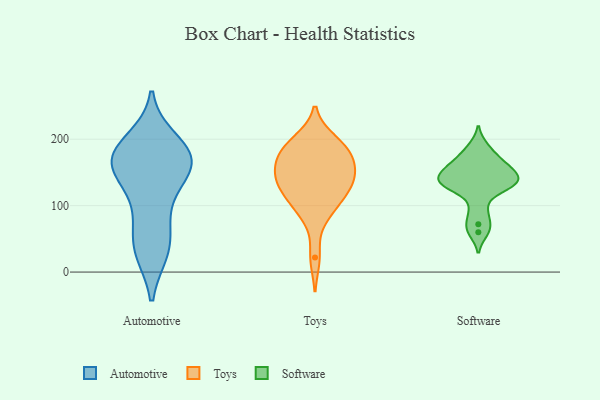
{"axis": {"x": "Production Output", "y": "Value"}, "legend": ["Automotive", "Software", "Toys"], "data": [{"x": "", "y": 197, "type": "Automotive"}, {"x": "", "y": 32, "type": "Automotive"}, {"x": "", "y": 146, "type": "Automotive"}, {"x": "", "y": 77, "type": "Automotive"}, {"x": "", "y": 41, "type": "Automotive"}, {"x": "", "y": 144, "type": "Automotive"}, {"x": "", "y": 179, "type": "Automotive"}, {"x": "", "y": 170, "type": "Automotive"}, {"x": "", "y": 165, "type": "Automotive"}, {"x": "", "y": 32, "type": "Automotive"}, {"x": "", "y": 104, "type": "Automotive"}, {"x": "", "y": 164, "type": "Automotive"}, {"x": "", "y": 183, "type": "Automotive"}, {"x": "", "y": 171, "type": "Automotive"}, {"x": "", "y": 117, "type": "Toys"}, {"x": "", "y": 91, "type": "Toys"}, {"x": "", "y": 140, "type": "Toys"}, {"x": "", "y": 170, "type": "Toys"}, {"x": "", "y": 181, "type": "Toys"}, {"x": "", "y": 167, "type": "Toys"}, {"x": "", "y": 141, "type": "Toys"}, {"x": "", "y": 198, "type": "Toys"}, {"x": "", "y": 90, "type": "Toys"}, {"x": "", "y": 134, "type": "Toys"}, {"x": "", "y": 147, "type": "Toys"}, {"x": "", "y": 112, "type": "Toys"}, {"x": "", "y": 192, "type": "Toys"}, {"x": "", "y": 22, "type": "Toys"}, {"x": "", "y": 191, "type": "Toys"}, {"x": "", "y": 167, "type": "Toys"}, {"x": "", "y": 133, "type": "Toys"}, {"x": "", "y": 72, "type": "Software"}, {"x": "", "y": 138, "type": "Software"}, {"x": "", "y": 161, "type": "Software"}, {"x": "", "y": 131, "type": "Software"}, {"x": "", "y": 173, "type": "Software"}, {"x": "", "y": 94, "type": "Software"}, {"x": "", "y": 189, "type": "Software"}, {"x": "", "y": 137, "type": "Software"}, {"x": "", "y": 60, "type": "Software"}, {"x": "", "y": 151, "type": "Software"}, {"x": "", "y": 130, "type": "Software"}, {"x": "", "y": 145, "type": "Software"}, {"x": "", "y": 127, "type": "Software"}, {"x": "", "y": 160, "type": "Software"}]}